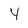
Character: Y